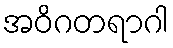
အဝိဂတရာဂါ